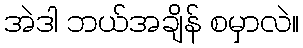
အဲဒါ ဘယ်အချိန် စမှာလဲ။